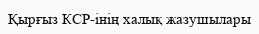
Қырғыз КСР-інің халық жазушылары